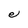
Character: e